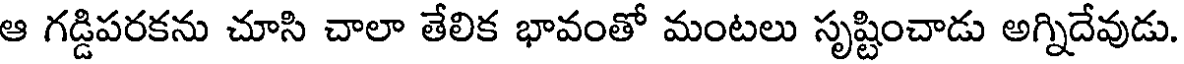
ఆ గడ్డిపరకను చూసి చాలా తేలిక భావంతో మంటలు సృష్టించాడు అగ్నిదేవుడు